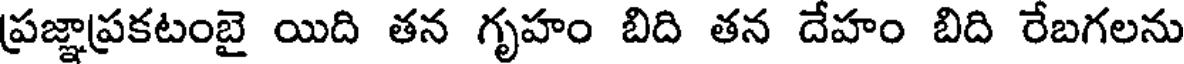
ప్రజ్ఞాప్రకటంబై యిది తన గృహం బిది తన దేహం బిది రేబగలను